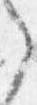
之